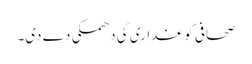
صحافی کو غداری کی دھمکی دے دی۔